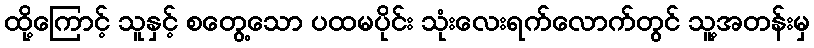
ထို့ကြောင့် သူနှင့် စတွေ့သော ပထမပိုင်း သုံးလေးရက်လောက်တွင် သူ့အတန်းမှ